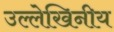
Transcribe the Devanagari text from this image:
उल्लेखिनीय